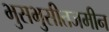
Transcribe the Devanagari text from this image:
भुसभुसीतजमीन